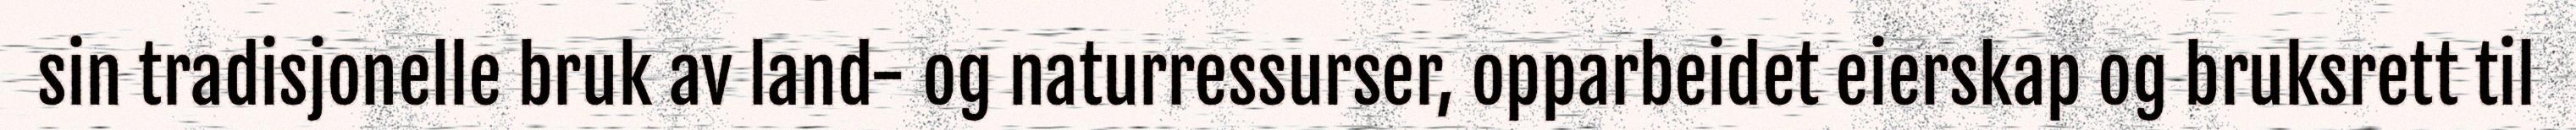
sin tradisjonelle bruk av land- og naturressurser, opparbeidet eierskap og bruksrett til